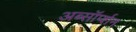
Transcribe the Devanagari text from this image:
अब्सॉर्प्शन